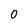
Character: 0